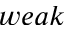
w e a k